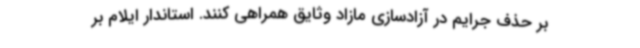
بر حذف جرایم در آزادسازی مازاد وثایق همراهی کنند. استاندار ایلام بر